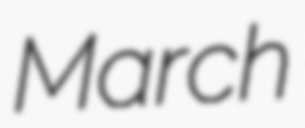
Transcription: March